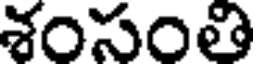
శంసంతి